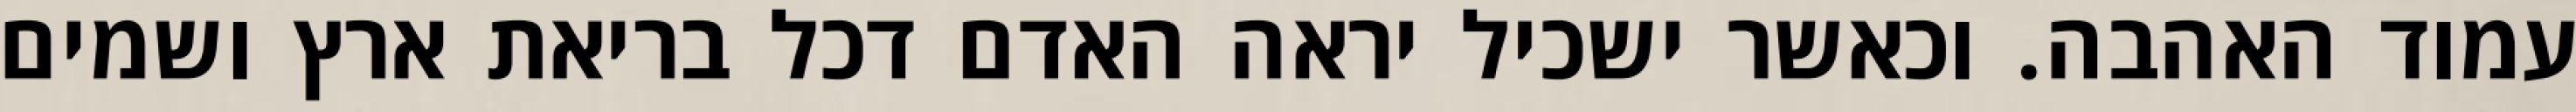
עמוד האהבה. וכאשר ישכיל יראה האדם דכל בריאת ארץ ושמים